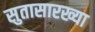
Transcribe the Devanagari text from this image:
सुतासारख्या